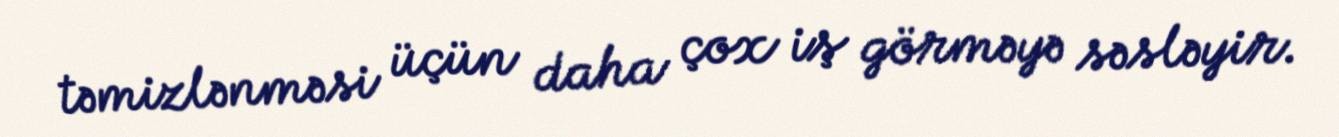
təmizlənməsi üçün daha çox iş görməyə səsləyir.